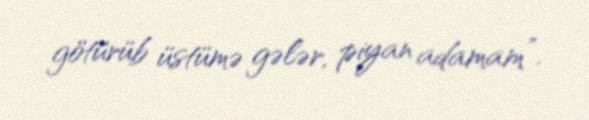
götürüb üstümə gələr, piyan adamam”.